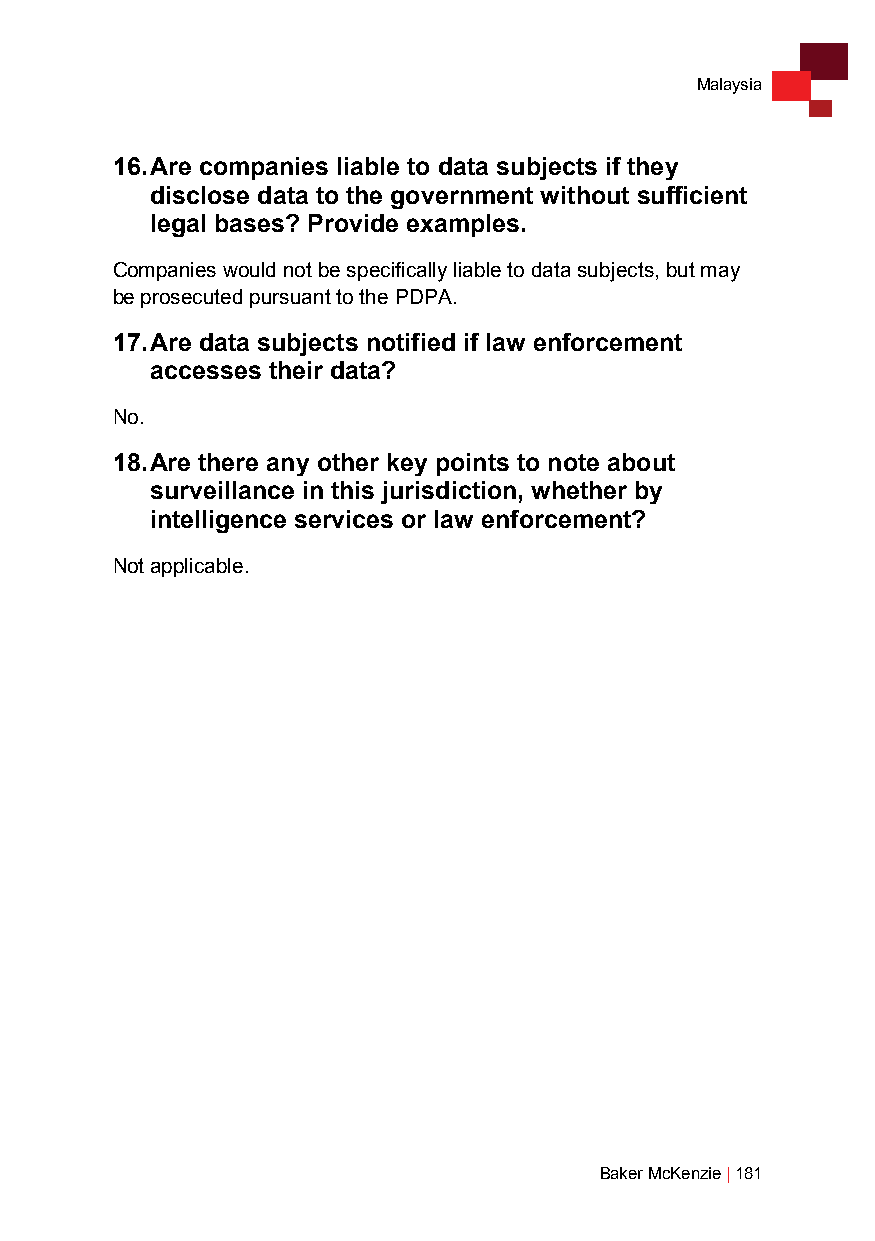
Malaysia
 16. Are companies liable to data subjects if they
 disclose data to the government without sufficient
 legal bases? Provide examples.
 Companies would not be specifically liable to data subjects, but may
 be prosecuted pursuant to the PDPA.
 17. Are data subjects notified if law enforcement
 accesses their data?
 No.
 18. Are there any other key points to note about
 surveillance in this jurisdiction, whether by
 intelligence services or law enforcement?
 Not applicable.
 Baker McKenzie | 181